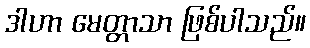
ဒါဟာ မေတ္တာသာ ဖြစ်ပါသည်။